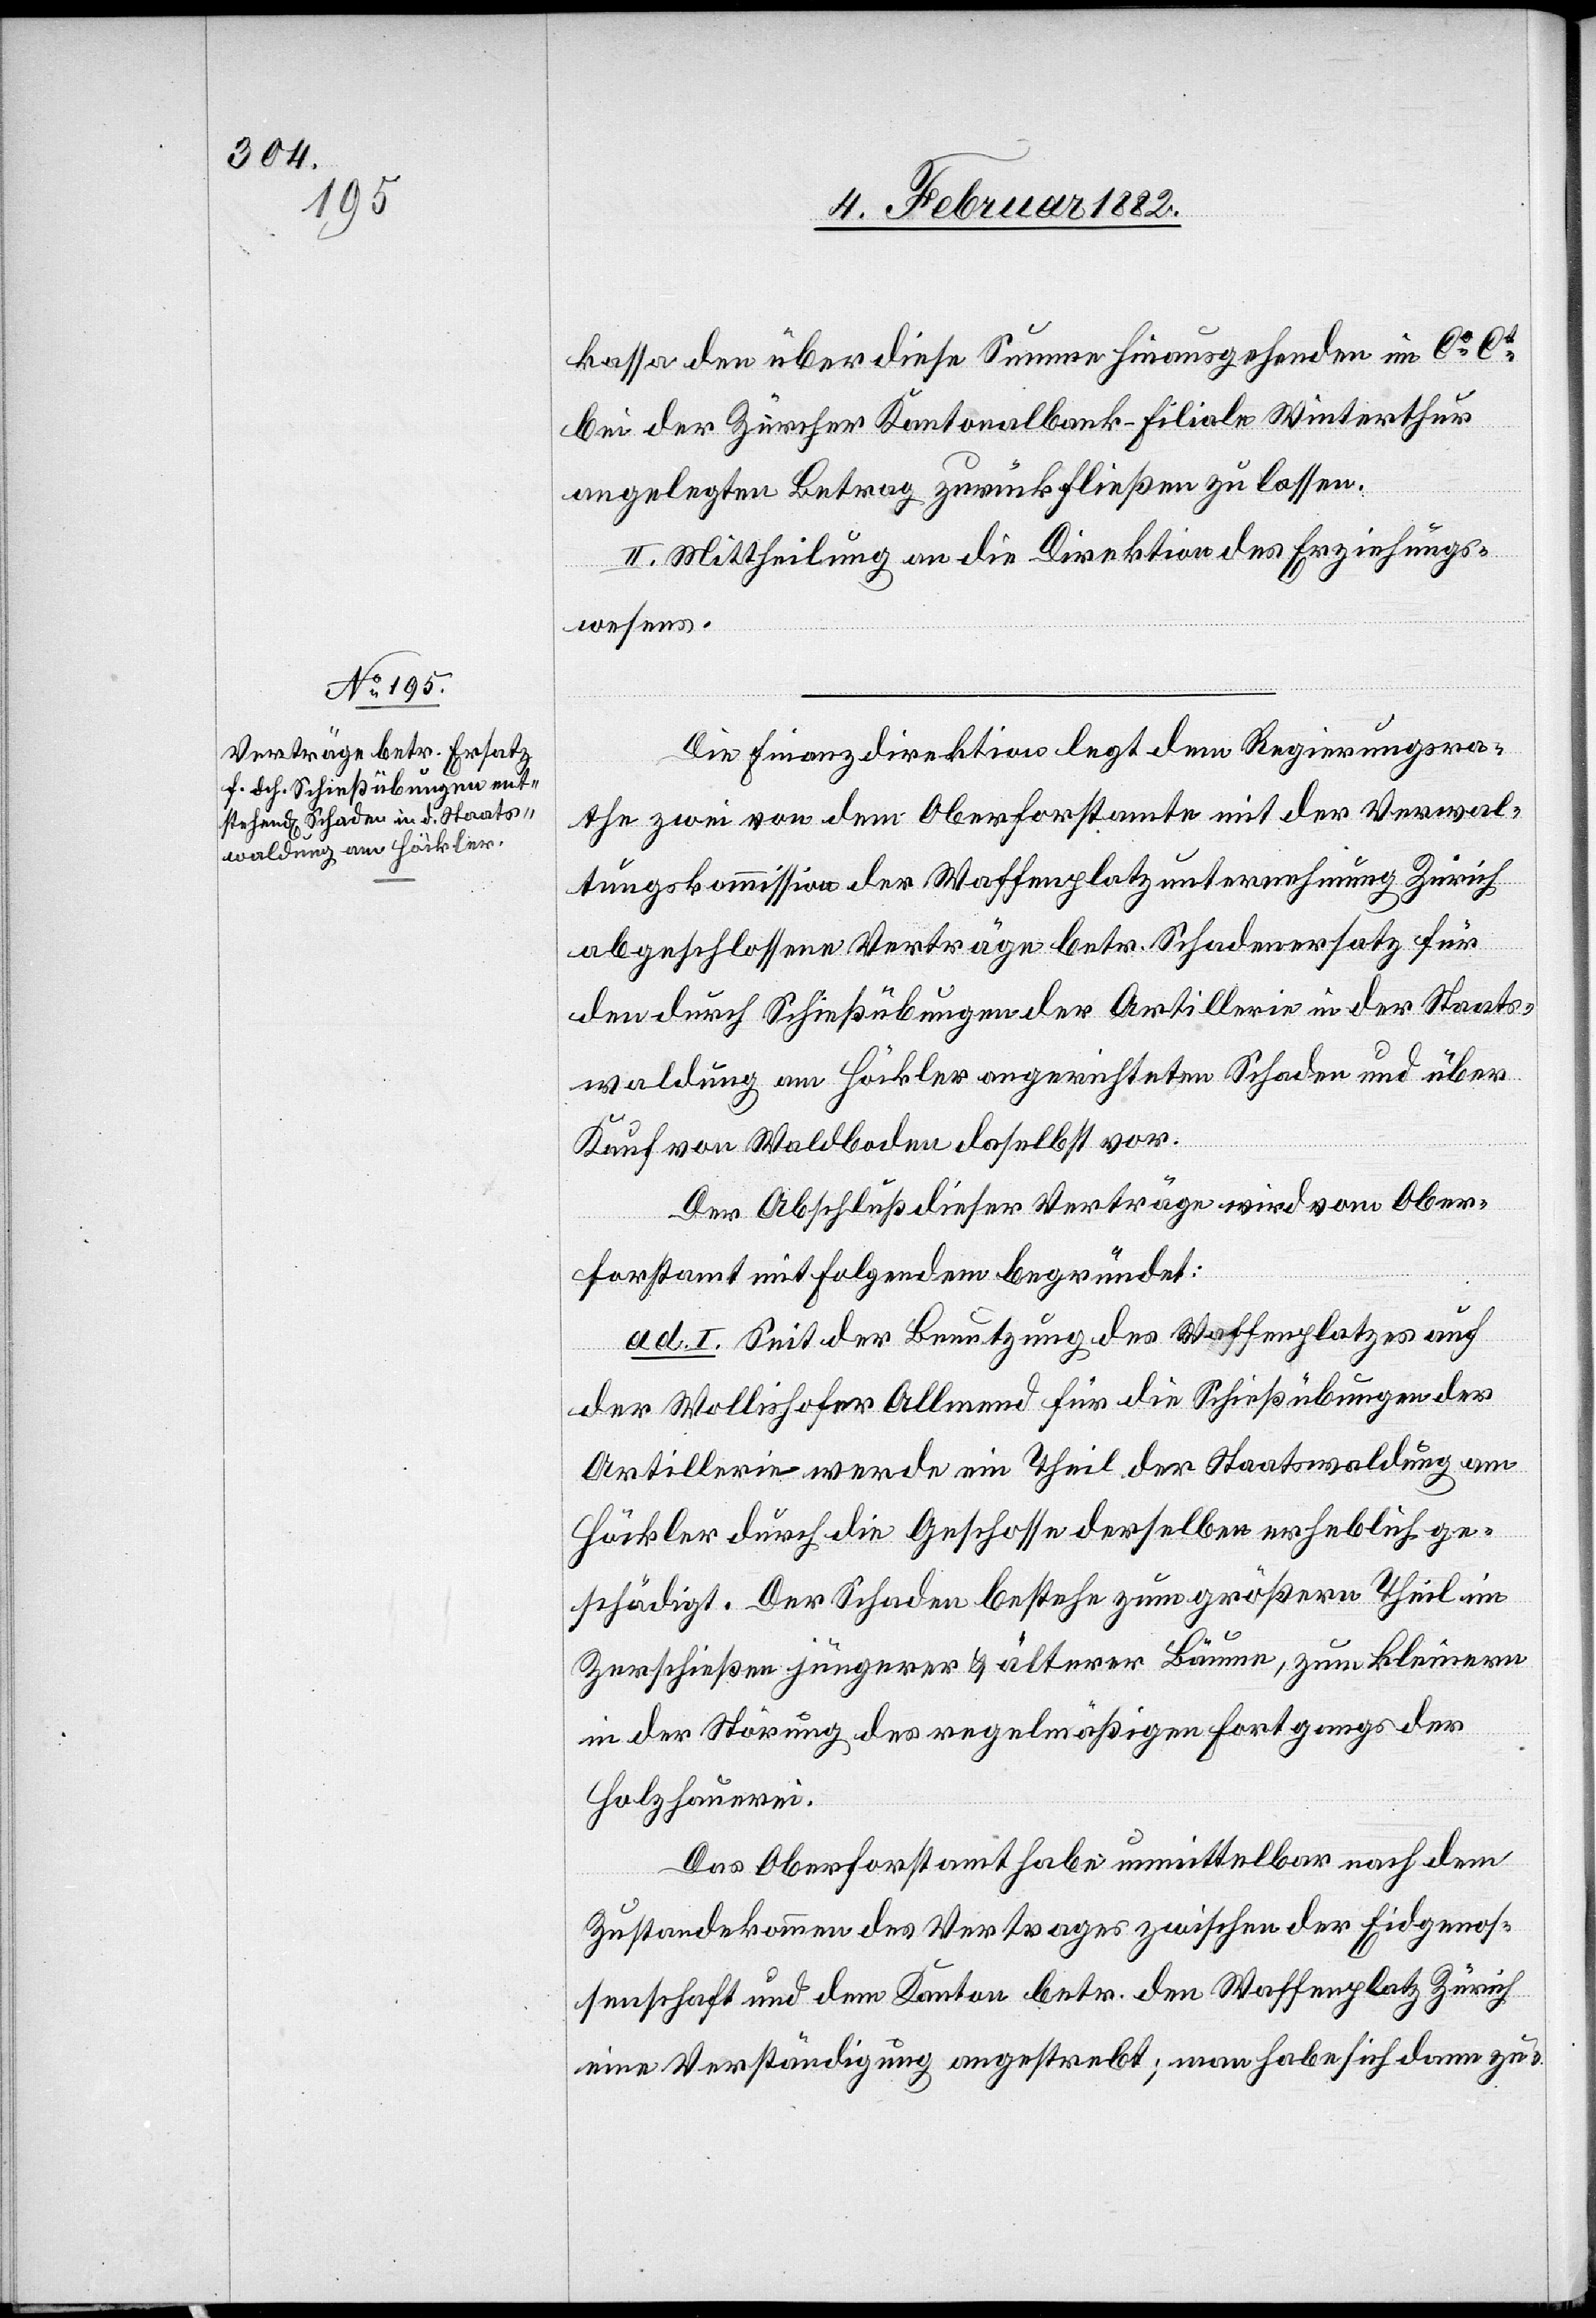
kasse den über diese Summe hinausgehenden im CO
bei der Zürcher Kantonalbank-Filiale Winterthur
angelegten Betrag zurückfließen zu lassen.
II. Mittheilung an die Direktion des Erziehungs¬
wesens.
Die Finanzdirektion legt dem Regierungsra¬
the zwei von dem Oberforstamte mit der Verwal¬
tungskomission der Waffenplatzunternehmung Zürich
abgeschlossenen Verträge betr. Schadenersatz für
den durch Schießübungen der Artillerie in der Staats¬
waldung am Höckler angerichteten Schaden und über
Kauf von Waldboden daselbst vor.
Der Abschluß dieser Verträge wird vom Ober¬
forstamt mit folgendem begründet:
ad. I. Seit der Benutzung des Waffenplatzes auf
der Wollishofer Allmend für die Schießübungen der
Artillerie werde ein Theil der Staatswaldung am
Höckler durch die Geschosse derselben erheblich ge¬
schädigt. Der Schaden bestehe zum größern Theil im
Zerschießen jüngerer & älterer Bäume, zum kleineren
in der Störung des regelmäßigen Fortganges der
Holzhauerei.
Das Oberforstamt habe unmittelbar nach dem
Zustandekommen des Vertrages zwischen der Eidgenos¬
senschaft und dem Kanton betr. dem Waffenplatz Zürich
eine Verständigung angestrebt; man habe sich dann zu-